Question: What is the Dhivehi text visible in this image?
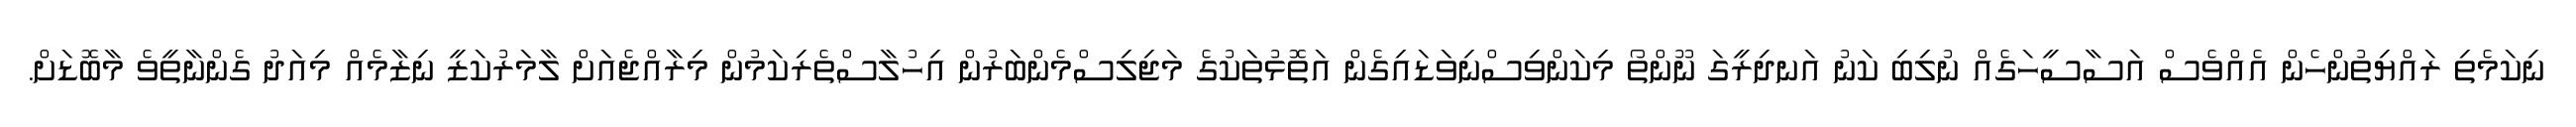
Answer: ނިކަމެތި ރައްޔިތުންހެން އެއްވެސް އަސާސީހަގެއް ނުލިބި ކަނު އަނދިރީގަ ނޫންތޯ މިކަންވިސްނިވަޑައިގެން އަތޮޅުތަކުގެ މަޖިލިސްމެންބަރުން އިހުލާސްތެރިކަމުން މިރާއްޖެއަށް ލާމަރުކަޒީ ނިޒާމެއް މިއަދު ގެންނާތީވެ މާބޮޑަށް.